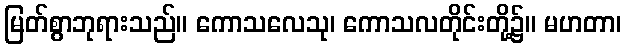
မြတ်စွာဘုရားသည်။ ကောသလေသု၊ ကောသလတိုင်းတို့၌။ မဟတာ၊